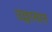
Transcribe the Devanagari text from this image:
उल्लासात